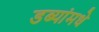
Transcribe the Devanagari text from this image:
डब्यांमधे